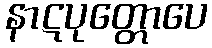
နာဋပုတ္တောပေ